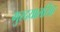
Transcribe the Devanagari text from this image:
गुरदयालसिंह